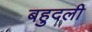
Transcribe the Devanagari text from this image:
बहुदली